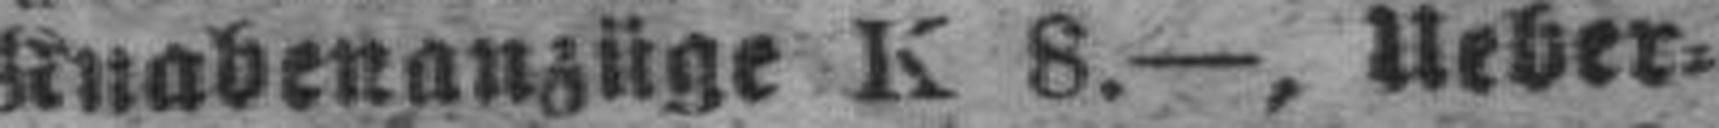
Knabenanzüge K 8.—, Ueber¬